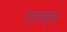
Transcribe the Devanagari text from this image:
एयरइंस